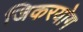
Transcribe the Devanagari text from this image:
जिकरयोग